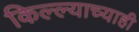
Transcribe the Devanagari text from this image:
किल्ल्याच्याही